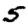
Digit: 5